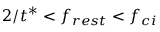
2 / t ^ { * } < f _ { r e s t } < f _ { c i }